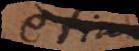
etiam